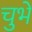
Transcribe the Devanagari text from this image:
चुभे